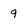
Character: 9